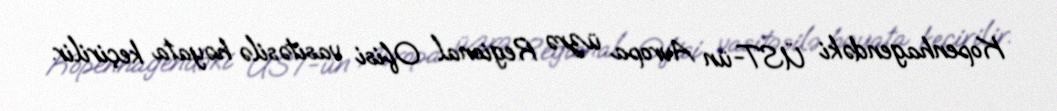
Kopenhagendəki ÜST-ün Avropa üzrə Regional Ofisi vasitəsilə həyata keçirilir.